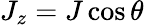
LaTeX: J_{z}=J\cos\theta